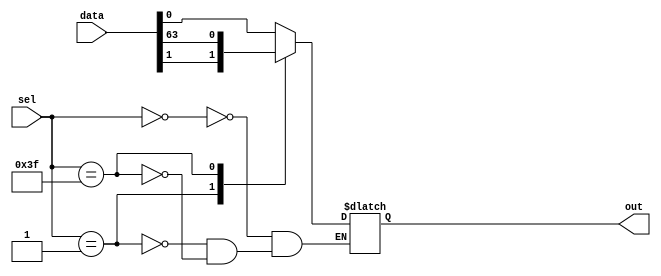
module mux_64_1 (
    input [63:0] data,
    input [5:0] sel,
    output reg out
);

always @(*)
begin
    case(sel)
        6'b000000: out = data[0];
        6'b000001: out = data[1];
        // Continue for all 64 inputs
        6'b111111: out = data[63];
    endcase
end

endmodule